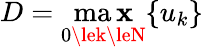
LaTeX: D=\operatorname*{ma\mathbf{x}}_{0\lek\leN}{\{ u_{k}\} }